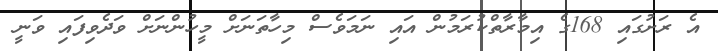
އެ ރަށުގައި 168ގެ އިމާރާތްކުރަމުން އައި ނަމަވެސް މިހާތަނަށް މީހުންނަށް ވަދެވިފައި ވަނީ